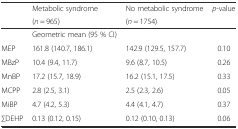
<table><thead><tr><td rowspan="2"></td><td><b>Metabolic syndrome</b></td><td><b>No metabolic syndrome</b></td><td rowspan="2"><b><i>p</i>-value</b></td></tr><tr><td><b>(<i>n</i> = 965)</b></td><td><b>(<i>n</i> = 1754)</b></td></tr></thead><tbody><tr><td></td><td>Geometric mean (95 % CI)</td><td></td><td></td></tr><tr><td>MEP</td><td>161.8 (140.7, 186.1)</td><td>142.9 (129.5, 157.7)</td><td>0.10</td></tr><tr><td>MBzP</td><td>10.4 (9.4, 11.7)</td><td>9.6 (8.7, 10.5)</td><td>0.26</td></tr><tr><td>MnBP</td><td>17.2 (15.7, 18.9)</td><td>16.2 (15.1, 17.5)</td><td>0.33</td></tr><tr><td>MCPP</td><td>2.8 (2.5, 3.1)</td><td>2.5 (2.3, 2.6)</td><td>0.05</td></tr><tr><td>MiBP</td><td>4.7 (4.2, 5.3)</td><td>4.4 (4.1, 4.7)</td><td>0.37</td></tr><tr><td>∑DEHP</td><td>0.13 (0.12, 0.15)</td><td>0.12 (0.10, 0.13)</td><td>0.06</td></tr></tbody></table>